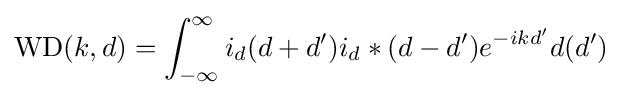
{\text{WD}}(k,d)=\int _{-\infty }^{\infty }i_{d}(d+d')i_{d}*(d-d')e^{-ikd'}d(d')